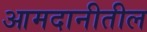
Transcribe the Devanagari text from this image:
आमदानीतील